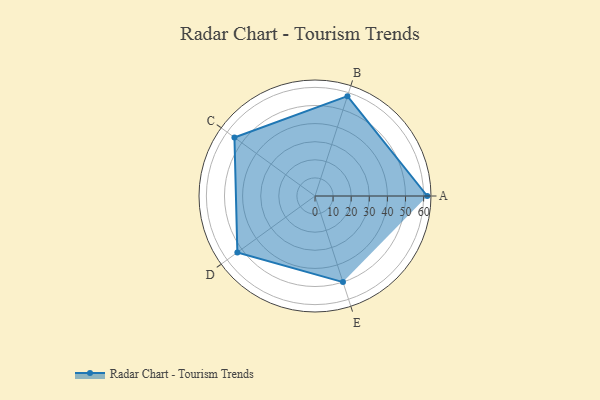
{"axis": {"x": "Skill", "y": "Score"}, "legend": ["Profile"], "data": [{"x": "A", "y": 62.0, "type": "Profile"}, {"x": "B", "y": 58.0, "type": "Profile"}, {"x": "C", "y": 55.0, "type": "Profile"}, {"x": "D", "y": 53.0, "type": "Profile"}, {"x": "E", "y": 50.0, "type": "Profile"}]}